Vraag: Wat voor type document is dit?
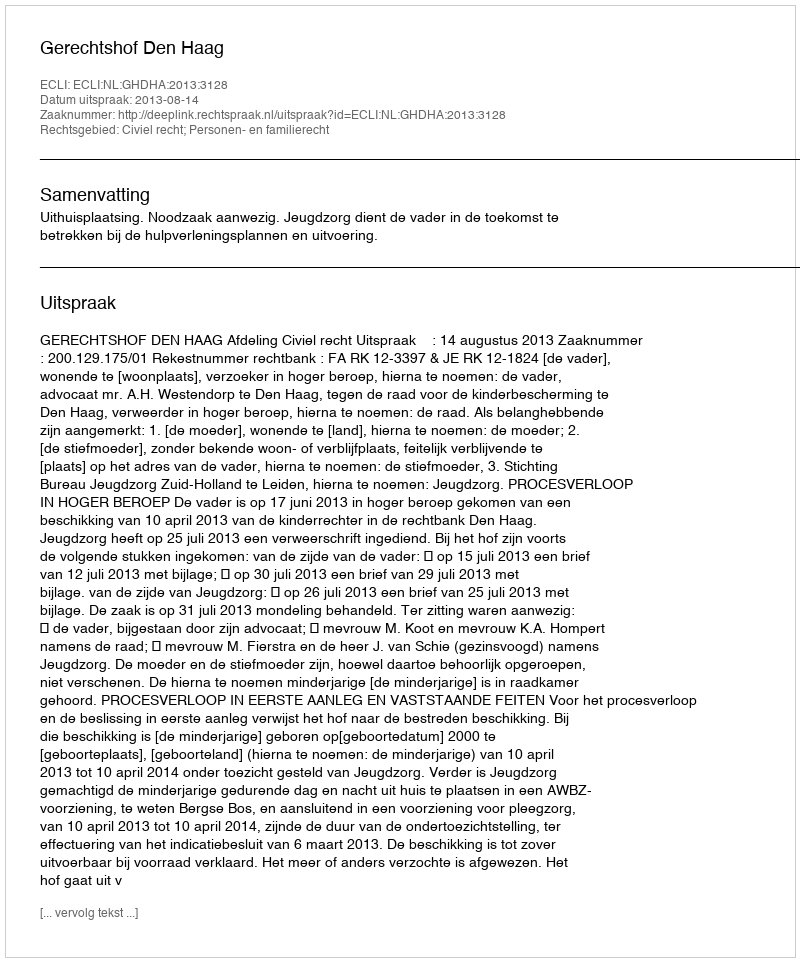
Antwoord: Uitspraak